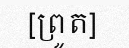
[ព្រូត]